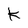
Character: K